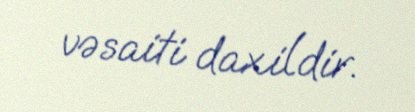
vəsaiti daxildir.